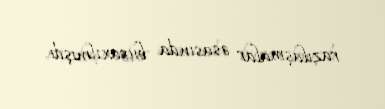
razılaşmalar əsasında buraxılmışdı.